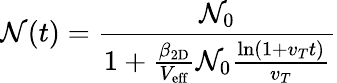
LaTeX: \mathcal{N}(t)=\frac{{\mathcal{N}_{0}}}{{1+\frac{{\beta_{\mathrm{{2D}}}}}{{V_{\mathrm{{eff}}}}}\mathcal{N}_{0}\frac{{\ln\left(1+v_{T}t\right)}}{{v_{T}}}}}